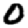
Digit: 0